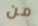
من